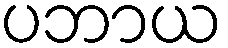
ပဘာယ